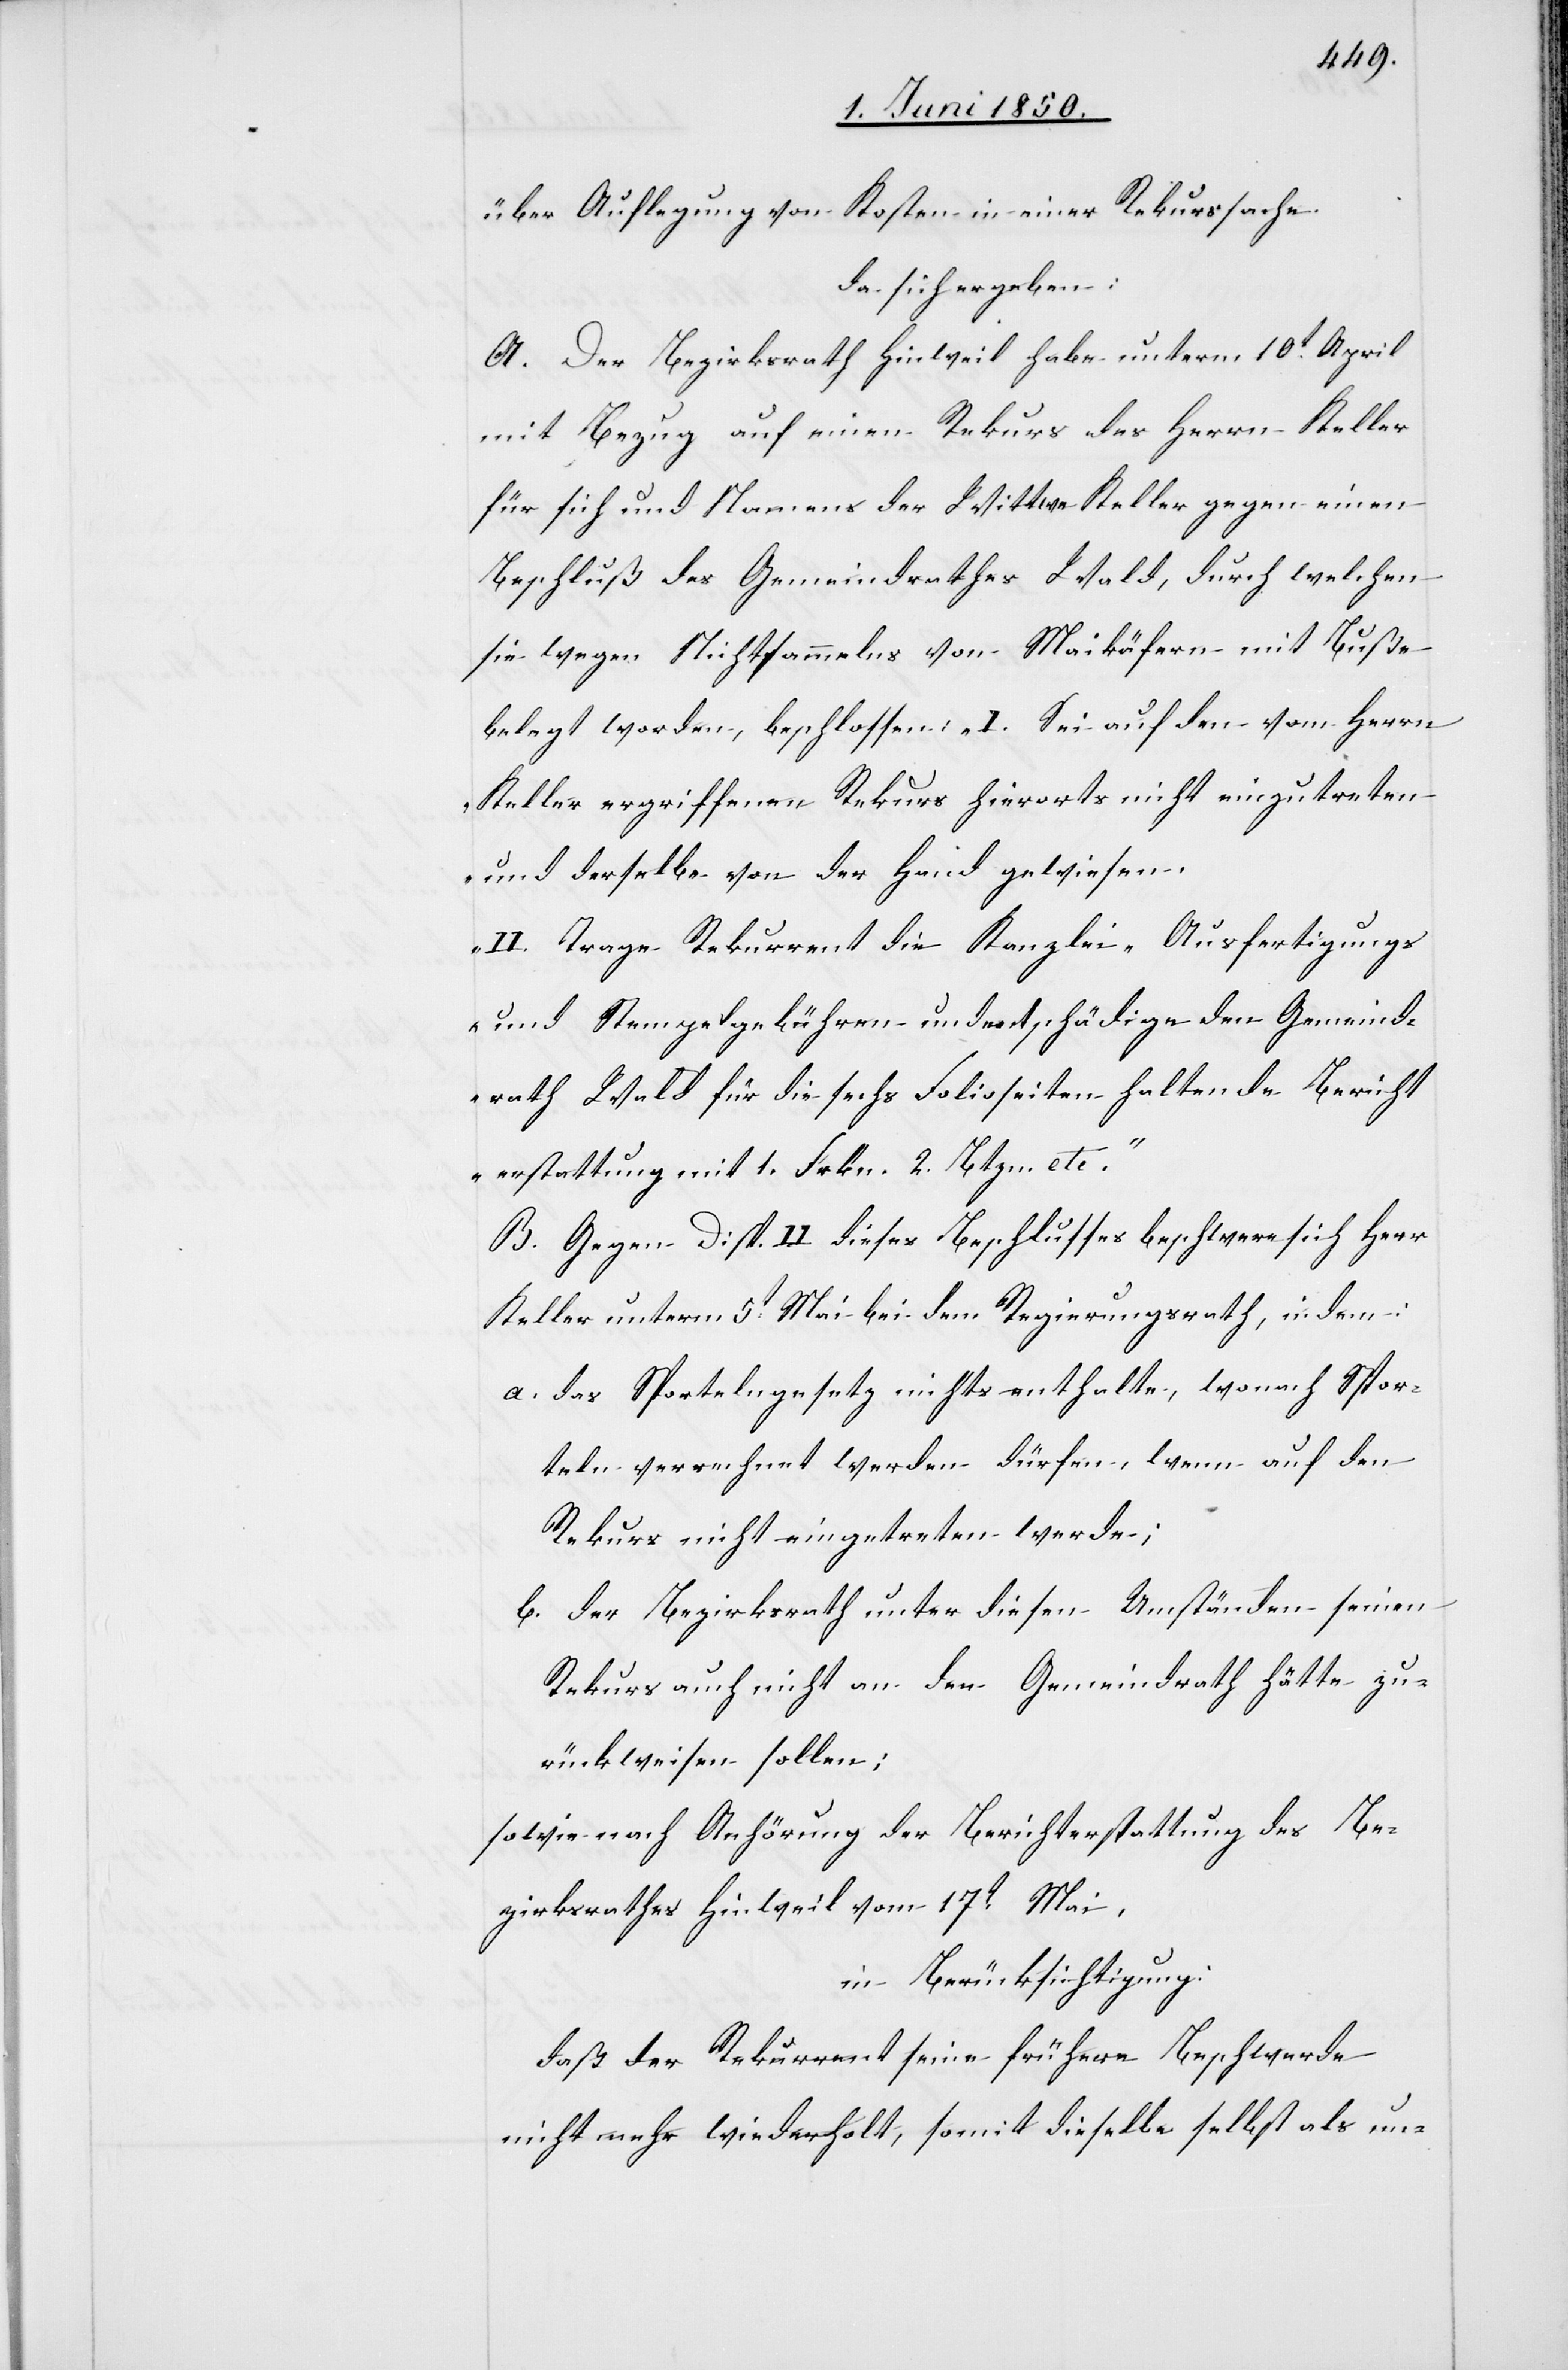
über Auflegung von Kosten in einer Rekurssache.
da sich ergeben:
A. Der Bezirksrath Hinweil habe unterm 10t April
mit Bezug auf einen Rekurs des Herrn Keller
für sich und Namens der Wittwe Keller gegen einen
Beschluß des Gemeindrathes Wald, durch welchen
sie wegen Nichtsammelns von Maikäfern mit Buße
belegt worden, beschlossen: „I. Sei auf den vom Herrn
Keller ergriffenen Rekurs hierorts nicht einzutreten
und derselbe von der Hand gewiesen.
II. Trage Rekurrent die Kanzlei-[,] Ausfertigungs[-]
und Stempelgebühren und entschädige den Gemeind¬
rath Wald für die sechs Folioseiten haltende Bericht
B. Gegen Disp. II. dieses Beschlusses beschwere sich Herr
Keller unterm 5t Mai bei dem Regierungsrath, indem:
a. das Sportelngesetz nichts enthalte, wonach Spor¬
teln verrechnet werden dürfen, wenn auf den
Rekurs nicht eingetreten werde;
b. der Bezirksrath unter diesen Umständen seinen
Rekurs auch nicht an den Gemeindrath hätte zu¬
rückweisen sollen;
sowie nach Anhörung der Berichterstattung des Be¬
zirksrathes Hinweil vom 17t Mai,
in Berücksichtigung:
daß der Rekurrent seine frühere Beschwerde
nicht mehr wiederholt, somit dieselbe selbst als un-